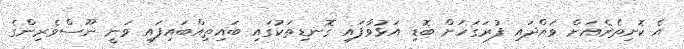
އެ ކޮށިތެރެއަށް ވައްދައި ފުރަގަހަށް ބޮޑި އަޅުވާފައި ގޮނޑިތަކުގައި ބައިތިއްބައިފައި ވަނީ ނޫސްވެރިންގެ